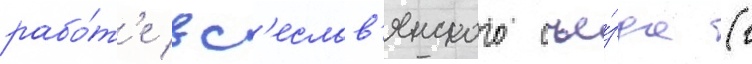
рабо́т'е вс'еслав'янского съе́зда (г